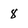
Character: 8